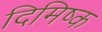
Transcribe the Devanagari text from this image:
दिमिष्क